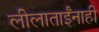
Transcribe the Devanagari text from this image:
लीलाताईंनाही